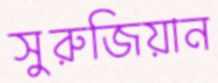
সুরুজিয়ান